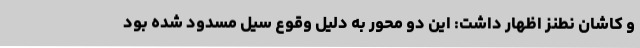
و کاشان نطنز اظهار داشت: این دو محور به دلیل وقوع سیل مسدود شده بود